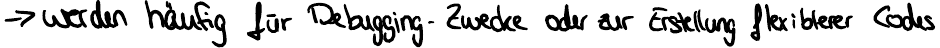
-> werden häufig für Debugging - Zwecke oder zur Erstellung flexiblerer Codes